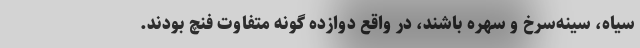
سیاه، سینه‌سرخ و سهره باشند، در واقع دوازده گونهٔ متفاوتِ فنچ بودند.